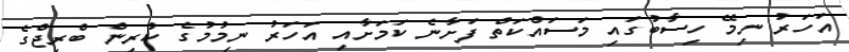
އަހަރު ނިމޭ ހިސާބުގައި މަސައްކަތް ފަށާނެ ކަމަށާއި އަހަރު ނިމުމުގެ ކުރިން ބްރިޖްގެ